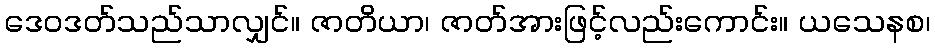
ဒေဝဒတ်သည်သာလျှင်။ ဇာတိယာ၊ ဇာတ်အားဖြင့်လည်းကောင်း။ ယသေနစ၊